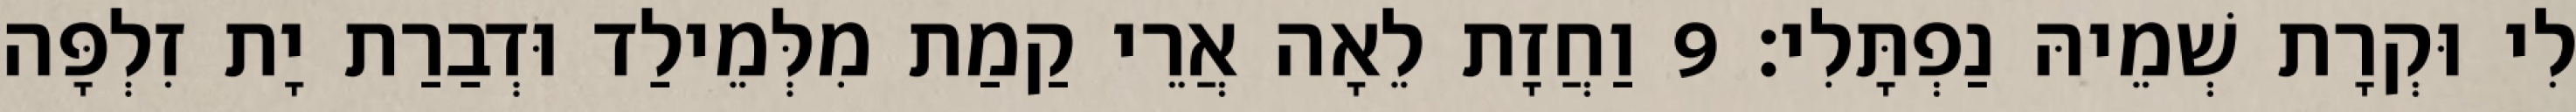
לִי וּקְרָת שְׁמֵיהּ נַפְתָּלִי׃ 9 וַחֲזָת לֵאָה אֲרֵי קַמַת מִלְּמֵילַד וּדְבַרַת יָת זִלְפָּה